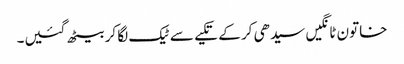
خاتون ٹانگیں سیدھی کر کے تکیے سے ٹیک لگا کر بیٹھ گئیں۔